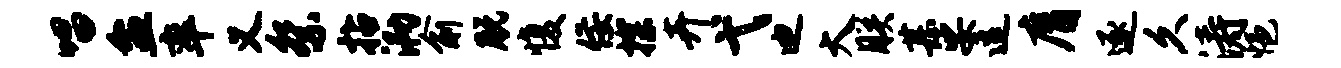
唱盆率义祭拈泐俞脱愎佞探卉弋迪大朕甚娑逗膺逐久涛悒